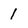
Character: l